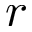
r